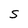
Character: s